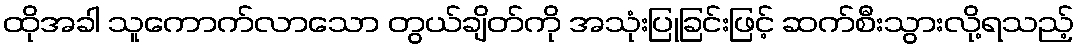
ထိုအခါ သူကောက်လာသော တွယ်ချိတ်ကို အသုံးပြုခြင်းဖြင့် ဆက်စီးသွားလို့ရသည့်